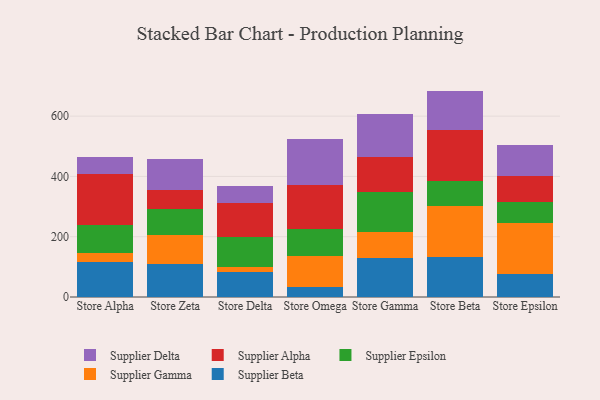
{"axis": {"x": "Store", "y": "Budget (USD K)"}, "legend": ["Supplier Alpha", "Supplier Beta", "Supplier Delta", "Supplier Epsilon", "Supplier Gamma"], "data": [{"x": "Store Alpha", "y": 115.4, "type": "Supplier Beta"}, {"x": "Store Alpha", "y": 30.8, "type": "Supplier Gamma"}, {"x": "Store Alpha", "y": 94.0, "type": "Supplier Epsilon"}, {"x": "Store Alpha", "y": 168.0, "type": "Supplier Alpha"}, {"x": "Store Alpha", "y": 55.7, "type": "Supplier Delta"}, {"x": "Store Zeta", "y": 109.4, "type": "Supplier Beta"}, {"x": "Store Zeta", "y": 97.1, "type": "Supplier Gamma"}, {"x": "Store Zeta", "y": 84.0, "type": "Supplier Epsilon"}, {"x": "Store Zeta", "y": 65.1, "type": "Supplier Alpha"}, {"x": "Store Zeta", "y": 102.0, "type": "Supplier Delta"}, {"x": "Store Delta", "y": 83.5, "type": "Supplier Beta"}, {"x": "Store Delta", "y": 16.8, "type": "Supplier Gamma"}, {"x": "Store Delta", "y": 99.2, "type": "Supplier Epsilon"}, {"x": "Store Delta", "y": 112.6, "type": "Supplier Alpha"}, {"x": "Store Delta", "y": 55.3, "type": "Supplier Delta"}, {"x": "Store Omega", "y": 33.1, "type": "Supplier Beta"}, {"x": "Store Omega", "y": 102.6, "type": "Supplier Gamma"}, {"x": "Store Omega", "y": 90.8, "type": "Supplier Epsilon"}, {"x": "Store Omega", "y": 145.5, "type": "Supplier Alpha"}, {"x": "Store Omega", "y": 153.3, "type": "Supplier Delta"}, {"x": "Store Gamma", "y": 128.7, "type": "Supplier Beta"}, {"x": "Store Gamma", "y": 88.3, "type": "Supplier Gamma"}, {"x": "Store Gamma", "y": 132.7, "type": "Supplier Epsilon"}, {"x": "Store Gamma", "y": 113.2, "type": "Supplier Alpha"}, {"x": "Store Gamma", "y": 143.4, "type": "Supplier Delta"}, {"x": "Store Beta", "y": 132.8, "type": "Supplier Beta"}, {"x": "Store Beta", "y": 170.1, "type": "Supplier Gamma"}, {"x": "Store Beta", "y": 83.6, "type": "Supplier Epsilon"}, {"x": "Store Beta", "y": 167.6, "type": "Supplier Alpha"}, {"x": "Store Beta", "y": 129.8, "type": "Supplier Delta"}, {"x": "Store Epsilon", "y": 77.6, "type": "Supplier Beta"}, {"x": "Store Epsilon", "y": 167.3, "type": "Supplier Gamma"}, {"x": "Store Epsilon", "y": 70.7, "type": "Supplier Epsilon"}, {"x": "Store Epsilon", "y": 87.4, "type": "Supplier Alpha"}, {"x": "Store Epsilon", "y": 101.1, "type": "Supplier Delta"}]}